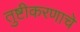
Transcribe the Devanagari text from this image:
तुष्टीकरणाचे